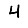
Digit: 4